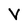
Character: V